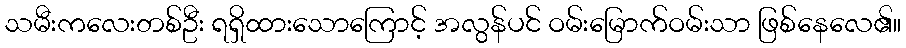
သမီးကလေးတစ်ဦး ရရှိထားသောကြောင့် အလွန်ပင် ဝမ်းမြောက်ဝမ်းသာ ဖြစ်နေလေ၏။